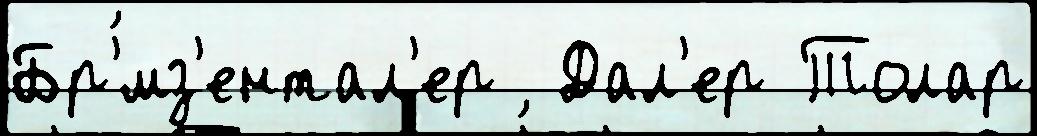
Бр'́мз'ентал'ер  Дал'ер Толар